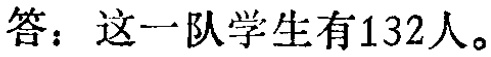
答：这一队学生有132人。